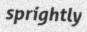
sprightly